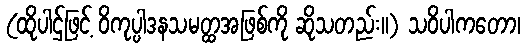
(ထိုပါဌ်ဖြင့် ဝိကုပ္ပါဒနသမတ္ထအဖြစ်ကို ဆိုသတည်း။) သဝိပါကတော၊